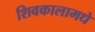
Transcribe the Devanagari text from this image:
शिवकालामधे